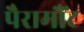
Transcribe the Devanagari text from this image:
पैरामौंट